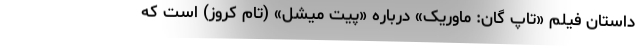
داستان فیلم «تاپ گان: ماوریک» درباره «پیت میشل» (تام کروز) است که